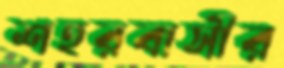
শহরবাসীর